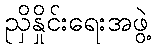
ညှိနှိုင်းရေးအဖွဲ့